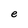
Character: e